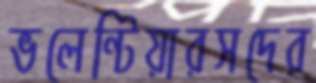
ভলেন্টিয়ারসদের